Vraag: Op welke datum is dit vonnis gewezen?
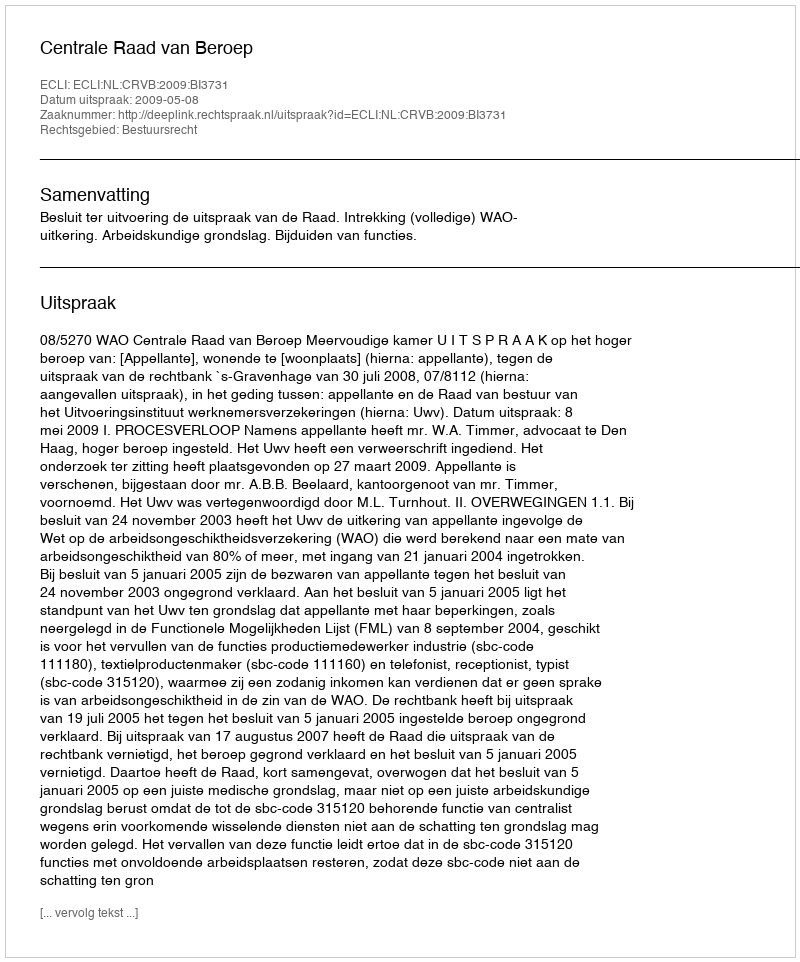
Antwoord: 2009-05-08